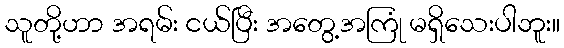
သူတို့ဟာ အရမ်း ငယ်ပြီး အတွေ့အကြုံ မရှိသေးပါဘူး။